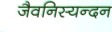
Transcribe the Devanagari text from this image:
जैवनिस्यन्दन